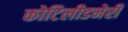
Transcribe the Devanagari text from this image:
कोटिलीडनेरी